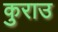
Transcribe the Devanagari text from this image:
कुराउ